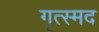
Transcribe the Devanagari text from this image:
गृत्स्मद